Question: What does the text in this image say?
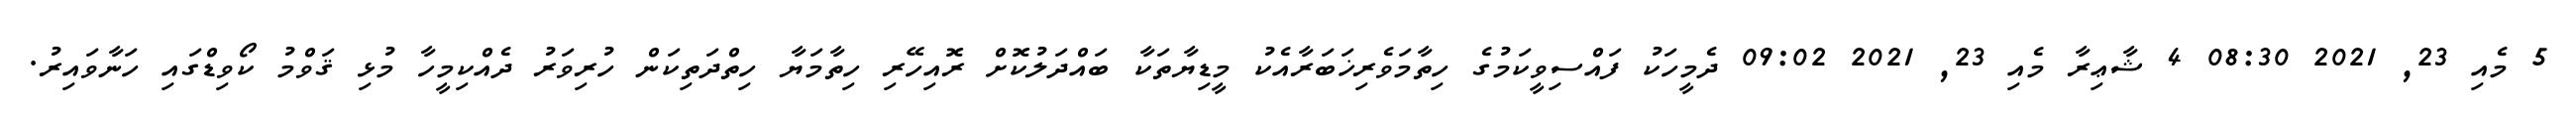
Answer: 5 މެއި 23, 2021 08:30 4 ޝާޢިރާ މެއި 23, 2021 09:02 ދެމީހަކު ފައްސިވީކަމުގެ ހިތާމަވެރިޚަބަރާއެކު މީޑިޔާތަކާ ބައްދަލުކޮށް ރޮއިހޭރި ހިތާމަޔާ ހިތްދަތިކަން ހުރިވަރު ދެއްކިމީހާ މުޅި ޤަވްމު ކޯވިޑްގައި ހަނާވައިރު.